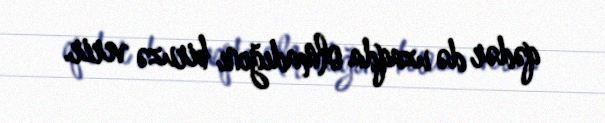
qədər də uzaqda olmadığını biruzə verir.